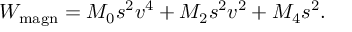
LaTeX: W _ { \mathrm { m a g n } } = M _ { 0 } s ^ { 2 } v ^ { 4 } + M _ { 2 } s ^ { 2 } v ^ { 2 } + M _ { 4 } s ^ { 2 } .